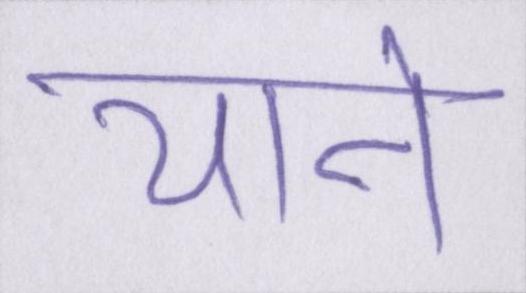
याने